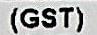
(GST)